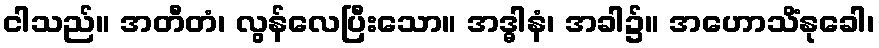
ငါသည်။ အတီတံ၊ လွန်လေပြီးသော။ အဒ္ဓါနံ၊ အခါ၌။ အဟောသိံနုခေါ၊